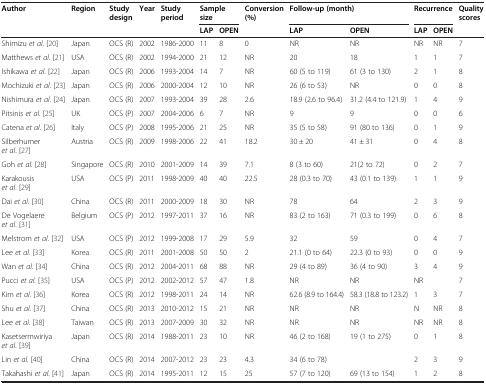
<table><thead><tr><td><b>Author</b></td><td><b>Region</b></td><td><b>Study design</b></td><td><b>Year</b></td><td><b>Study period</b></td><td colspan="2"><b>Sample size</b></td><td><b>Conversion (%)</b></td><td colspan="2"><b>Follow-up (month)</b></td><td colspan="2"><b>Recurrence</b></td><td><b>Quality scores</b></td></tr><tr><td><b> </b></td><td><b> </b></td><td><b> </b></td><td><b> </b></td><td><b> </b></td><td><b>LAP</b></td><td><b>OPEN</b></td><td><b> </b></td><td><b>LAP</b></td><td><b>OPEN</b></td><td><b>LAP</b></td><td><b>OPEN</b></td><td><b> </b></td></tr></thead><tbody><tr><td>Shimizu <i>et al</i>. [20]</td><td>Japan</td><td>OCS (R)</td><td>2002</td><td>1986-2000</td><td>11</td><td>8</td><td>0</td><td>NR</td><td>NR</td><td>NR</td><td>NR</td><td>7</td></tr><tr><td>Matthews <i>et al</i>. [21]</td><td>USA</td><td>OCS (R)</td><td>2002</td><td>1994-2000</td><td>21</td><td>12</td><td>NR</td><td>20</td><td>18</td><td>1</td><td>1</td><td>7</td></tr><tr><td>Ishikawa <i>et al</i>. [22]</td><td>Japan</td><td>OCS (R)</td><td>2006</td><td>1993-2004</td><td>14</td><td>7</td><td>NR</td><td>60 (5 to 119)</td><td>61 (3 to 130)</td><td>2</td><td>1</td><td>8</td></tr><tr><td>Mochizuki <i>et al</i>. [23]</td><td>Japan</td><td>OCS (R)</td><td>2006</td><td>2000-2004</td><td>12</td><td>10</td><td>NR</td><td>26 (6 to 53)</td><td>NR</td><td>0</td><td>0</td><td>8</td></tr><tr><td>Nishimura <i>et al</i>. [24]</td><td>Japan</td><td>OCS (R)</td><td>2007</td><td>1993-2004</td><td>39</td><td>28</td><td>2.6</td><td>18.9 (2.6 to 96.4)</td><td>31.2 (4.4 to 121.9)</td><td>1</td><td>4</td><td>9</td></tr><tr><td>Pitsinis <i>et al</i>. [25]</td><td>UK</td><td>OCS (P)</td><td>2007</td><td>2004-2006</td><td>6</td><td>7</td><td>NR</td><td>9</td><td>9</td><td>0</td><td>0</td><td>6</td></tr><tr><td>Catena <i>et al</i>. [26]</td><td>Italy</td><td>OCS (P)</td><td>2008</td><td>1995-2006</td><td>21</td><td>25</td><td>NR</td><td>35 (5 to 58)</td><td>91 (80 to 136)</td><td>0</td><td>1</td><td>9</td></tr><tr><td>Silberhumer <i>et al</i>. [27]</td><td>Austria</td><td>OCS (R)</td><td>2009</td><td>1998-2006</td><td>22</td><td>41</td><td>18.2</td><td>30 ± 20</td><td>41 ± 31</td><td>0</td><td>4</td><td>8</td></tr><tr><td>Goh <i>et al</i>. [28]</td><td>Singapore</td><td>OCS (R)</td><td>2010</td><td>2001-2009</td><td>14</td><td>39</td><td>7.1</td><td>8 (3 to 60)</td><td>21(2 to 72)</td><td>0</td><td>2</td><td>7</td></tr><tr><td>Karakousis <i>et al</i>. [29]</td><td>USA</td><td>OCS (P)</td><td>2011</td><td>1998-2009</td><td>40</td><td>40</td><td>22.5</td><td>28 (0.3 to 70)</td><td>43 (0.1 to 139)</td><td>1</td><td>1</td><td>9</td></tr><tr><td>Dai <i>et al</i>. [30]</td><td>China</td><td>OCS (R)</td><td>2011</td><td>2000-2009</td><td>18</td><td>30</td><td>NR</td><td>78</td><td>64</td><td>2</td><td>3</td><td>9</td></tr><tr><td>De Vogelaere <i>et al</i>. [31]</td><td>Belgium</td><td>OCS (P)</td><td>2012</td><td>1997-2011</td><td>37</td><td>16</td><td>NR</td><td>83 (2 to 163)</td><td>71 (0.3 to 199)</td><td>0</td><td>6</td><td>8</td></tr><tr><td>Melstrom <i>et al</i>. [32]</td><td>USA</td><td>OCS (P)</td><td>2012</td><td>1999-2008</td><td>17</td><td>29</td><td>5.9</td><td>32</td><td>59</td><td>0</td><td>4</td><td>7</td></tr><tr><td>Lee <i>et al</i>. [33]</td><td>Korea</td><td>OCS (R)</td><td>2011</td><td>2001-2008</td><td>50</td><td>50</td><td>2</td><td>21.1 (0 to 64)</td><td>22.3 (0 to 93)</td><td>0</td><td>0</td><td>9</td></tr><tr><td>Wan <i>et al</i>. [34]</td><td>China</td><td>OCS (R)</td><td>2012</td><td>2004-2011</td><td>68</td><td>88</td><td>NR</td><td>29 (4 to 89)</td><td>36 (4 to 90)</td><td>3</td><td>4</td><td>9</td></tr><tr><td>Pucci <i>et al</i>. [35]</td><td>USA</td><td>OCS (P)</td><td>2012</td><td>2002-2012</td><td>57</td><td>47</td><td>1.8</td><td>NR</td><td>NR</td><td>NR</td><td> </td><td>7</td></tr><tr><td>Kim <i>et al</i>. [36]</td><td>Korea</td><td>OCS (R)</td><td>2012</td><td>1998-2011</td><td>24</td><td>14</td><td>NR</td><td>62.6 (8.9 to 164.4)</td><td>58.3 (18.8 to 123.2)</td><td>1</td><td>3</td><td>7</td></tr><tr><td>Shu <i>et al</i>. [37]</td><td>China</td><td>OCS (R)</td><td>2013</td><td>2010-2012</td><td>15</td><td>21</td><td>NR</td><td>NR</td><td>NR</td><td>N</td><td>NR</td><td>8</td></tr><tr><td>Lee <i>et al</i>. [38]</td><td>Taiwan</td><td>OCS (R)</td><td>2013</td><td>2007-2009</td><td>30</td><td>32</td><td>NR</td><td>NR</td><td>NR</td><td>NR</td><td>NR</td><td>8</td></tr><tr><td>Kasetsermwiriya <i>et al</i>. [39]</td><td>Japan</td><td>OCS (R)</td><td>2014</td><td>1988-2011</td><td>23</td><td>10</td><td>NR</td><td>46 (2 to 168)</td><td>19 (1 to 275)</td><td>0</td><td>1</td><td>8</td></tr><tr><td>Lin <i>et al</i>. [40]</td><td>China</td><td>OCS (R)</td><td>2014</td><td>2007-2012</td><td>23</td><td>23</td><td>4.3</td><td colspan="2">34 (6 to 78)</td><td>2</td><td>3</td><td>9</td></tr><tr><td>Takahashi <i>et al</i>. [41]</td><td>Japan</td><td>OCS (R)</td><td>2014</td><td>1995-2011</td><td>12</td><td>15</td><td>25</td><td>57 (7 to 120)</td><td>69 (13 to 154)</td><td>1</td><td>2</td><td>8</td></tr></tbody></table>